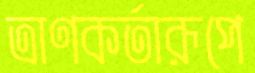
ত্রাণকর্তারূপে